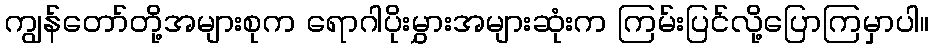
ကျွန်တော်တို့အများစုက ရောဂါပိုးမွှားအများဆုံးက ကြမ်းပြင်လို့ပြောကြမှာပါ။